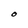
Character: O